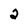
Character: 2